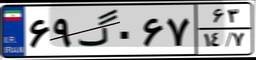
۴۳گ۰۳۴۹۵